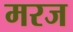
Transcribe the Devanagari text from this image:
मरज